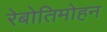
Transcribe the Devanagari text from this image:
रेबोतिमोहन